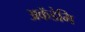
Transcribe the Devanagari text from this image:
अकॅडेमि